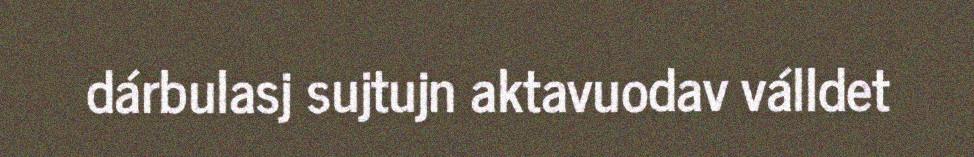
dárbulasj sujtujn aktavuodav válldet